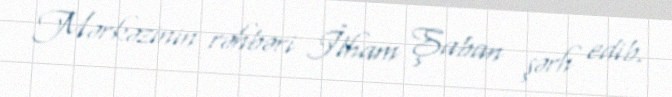
Mərkəzinin rəhbəri İlham Şaban şərh edib.